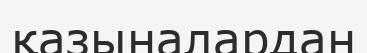
қазыналардан